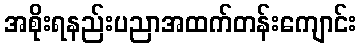
အစိုးရနည်းပညာအထက်တန်းကျောင်း